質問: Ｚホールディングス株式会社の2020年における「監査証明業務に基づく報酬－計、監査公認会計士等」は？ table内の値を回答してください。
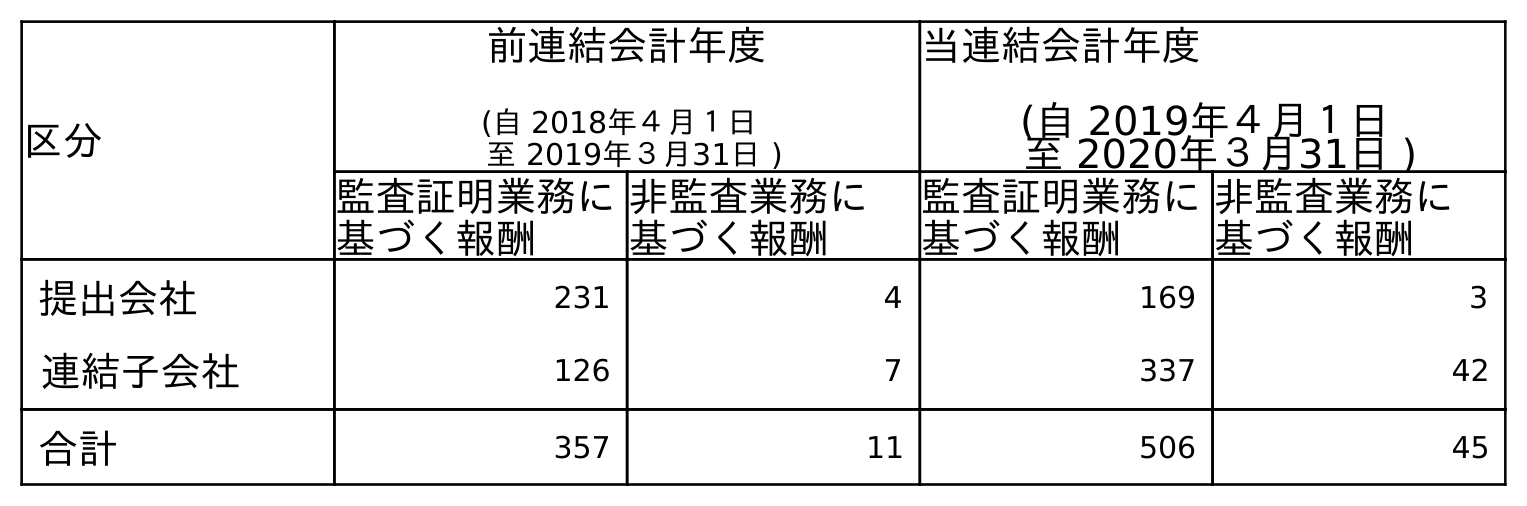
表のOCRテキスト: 区分 前連結会計年度 (自 2018年４月１日 至 2019年３月31日 ) 当連結会計年度 (自 2019年４月１日 至 2020年３月31日 ) 監査証明業務に 基づく報酬 非監査業務に 基づく報酬 監査証明業務に 基づく報酬 非監査業務に 基づく報酬 提出会社 231 4 169 3 連結子会社 126 7 337 42 合計 357 11 506 45
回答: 506